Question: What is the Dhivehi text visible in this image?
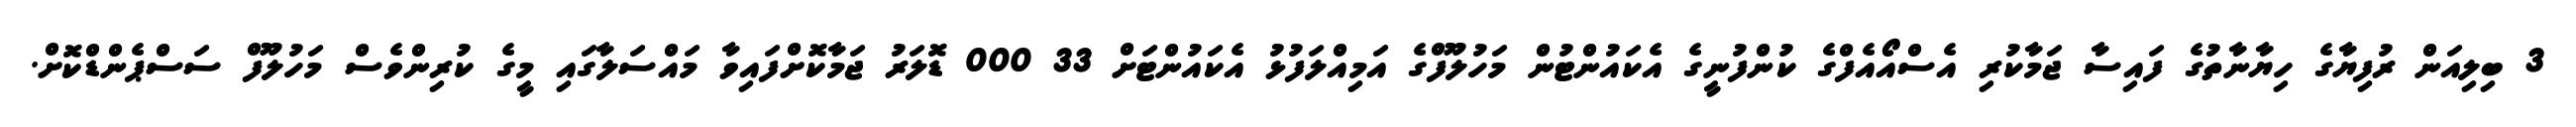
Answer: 3 ބިލިއަން ރުފިޔާގެ ހިޔާނާތުގެ ފައިސާ ޖަމާކުރި އެސްއޯއެފްގެ ކުންފުނީގެ އެކައުންޓުން މަހުލޫފްގެ އަމިއްލަފުޅު އެކައުންޓަށް 33 000 ޑޮލަރު ޖަމާކޮށްފައިވާ މައްސަލާގައި މީގެ ކުރިންވެސް މަހުލޫފް ސަސްޕެންޑްކޮށް.